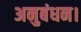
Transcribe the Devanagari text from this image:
अनुबंधन।